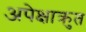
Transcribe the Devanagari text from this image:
अपेक्षाक्रुत